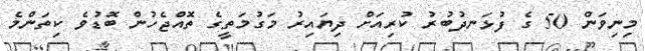
މިނިވަން 50 ގެ ފުޅަނދުބުުރު ކުރިއަށް ދިޔައިރު މަގުމަތީގެ ތޮއްޖެހުން ބޮޑުވެ ކިތަންމެ